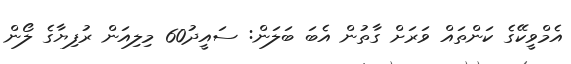
އެމްވީކޭގެ ކަންތައް ވަރަށް ގާތުން އެބަ ބަލަން: ސައީދު60 މިލިއަން ރުފިޔާގެ ލޯން